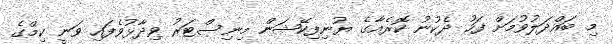
މި ބައްދަލުވުމަށް ފަހު ދެކުނު ކޮރެއާގެ ޔުނިފިކޭޝަން މިނިސްޓަރު ވިދާޅުވެފައި ވަނީ ކިމްގެ